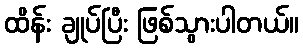
ထိန်း ချုပ်ပြီး ဖြစ်သွားပါတယ်။